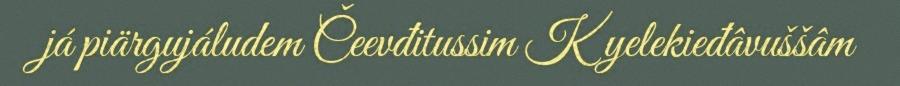
já piärgujáludem Čeevđitussim Kyelekieđâvuššâm